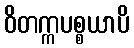
ဝိတက္ကပစ္စယာပိ